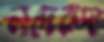
নাদেঝদা